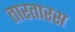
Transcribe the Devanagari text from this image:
तारतारस